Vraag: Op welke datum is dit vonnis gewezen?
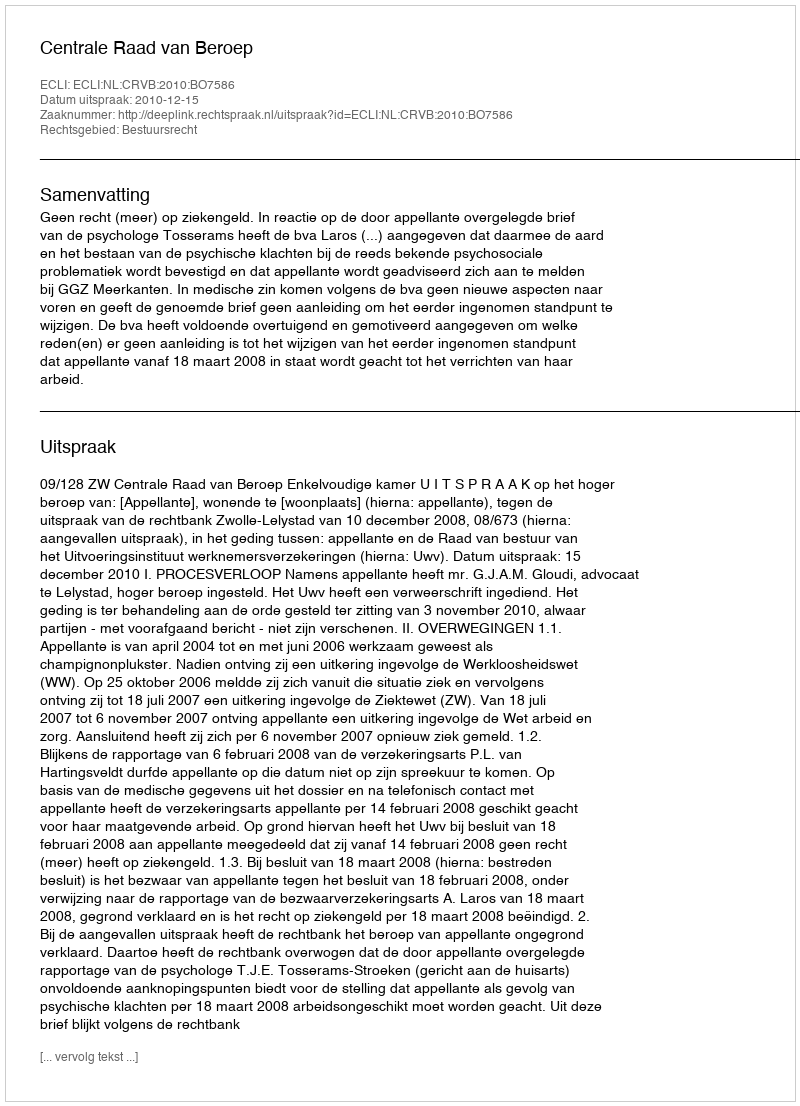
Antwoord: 2010-12-15